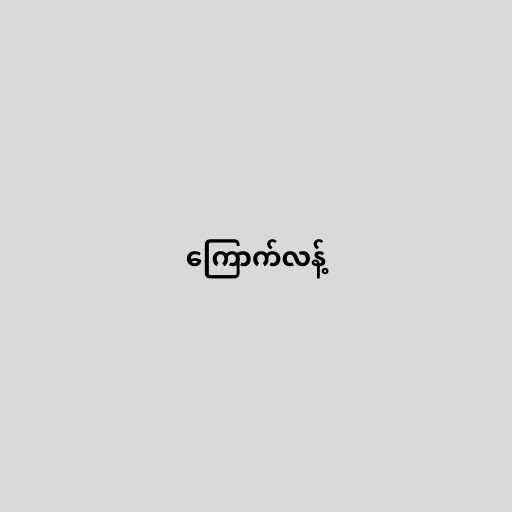
ကြောက်လန့်